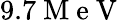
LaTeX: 9.7\mathrm{~M~e~V~}